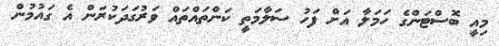
މިއީ ބޮސްޓަންގެ ހަމަލާ އަށް ފަހު ސަލާމަތީ ކަންތައްތައް ވަރުގަދަކުރަން އެ ގައުމުން